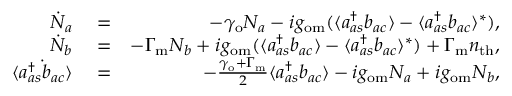
\begin{array} { r l r } { \dot { N } _ { a } } & { { } = } & { - \gamma _ { \mathrm { o } } N _ { a } - i g _ { \mathrm { o m } } ( \langle a _ { a s } ^ { \dagger } b _ { a c } \rangle - \langle a _ { a s } ^ { \dagger } b _ { a c } \rangle ^ { * } ) , } \\ { \dot { N } _ { b } } & { { } = } & { - \Gamma _ { \mathrm { m } } N _ { b } + i g _ { \mathrm { o m } } ( \langle a _ { a s } ^ { \dagger } b _ { a c } \rangle - \langle a _ { a s } ^ { \dagger } b _ { a c } \rangle ^ { * } ) + \Gamma _ { \mathrm { m } } n _ { \mathrm { t h } } , } \\ { \dot { \langle a _ { a s } ^ { \dagger } b _ { a c } \rangle } } & { { } = } & { - \frac { \gamma _ { \mathrm { o } } + \Gamma _ { \mathrm { m } } } { 2 } \langle a _ { a s } ^ { \dagger } b _ { a c } \rangle - i g _ { \mathrm { o m } } N _ { a } + i g _ { \mathrm { o m } } N _ { b } , } \end{array}